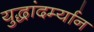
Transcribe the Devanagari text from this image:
युद्धांदर्म्यान